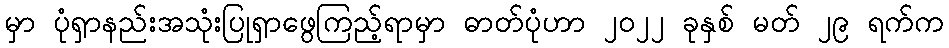
မှာ ပုံရှာနည်းအသုံးပြုရှာဖွေကြည့်ရာမှာ ဓာတ်ပုံဟာ ၂၀၂၂ ခုနှစ် မတ် ၂၉ ရက်က